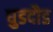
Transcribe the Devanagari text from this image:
घुडदौड